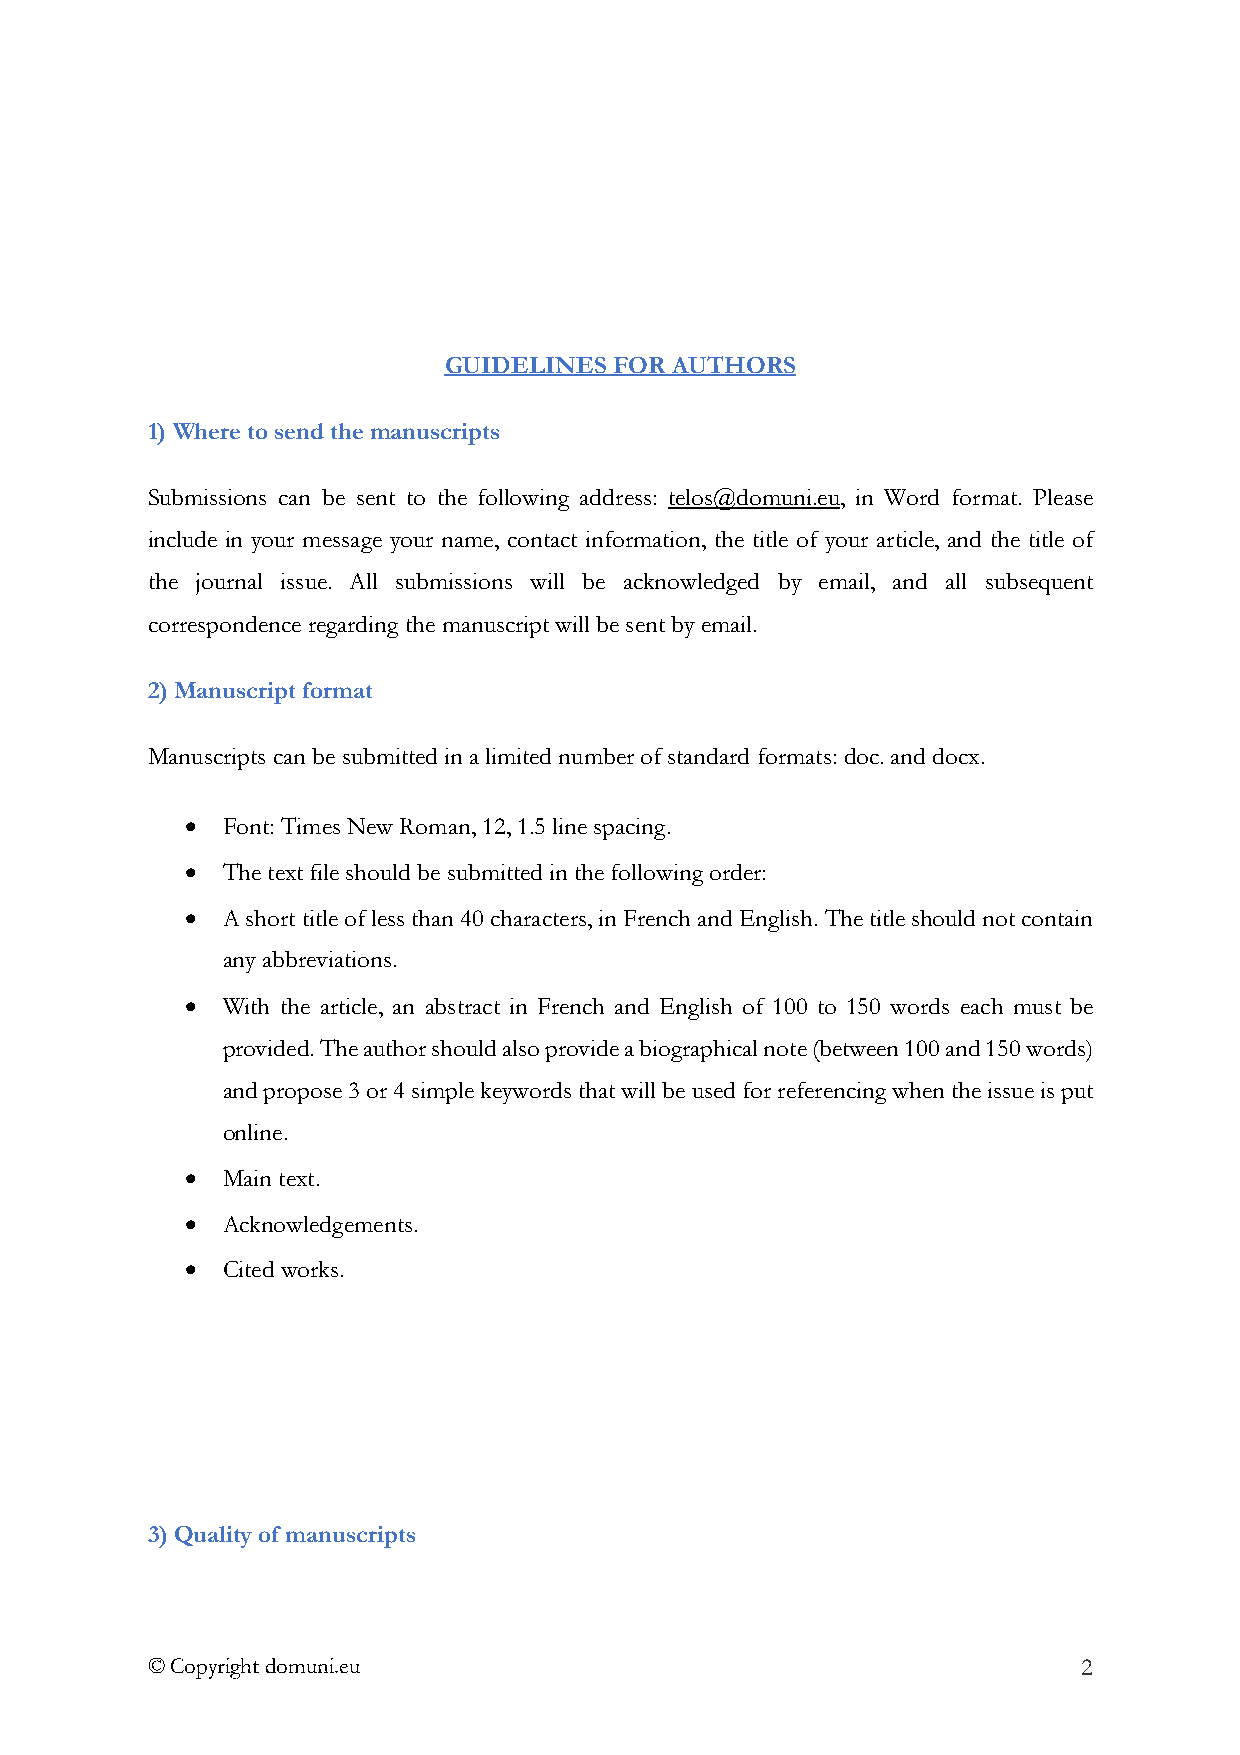
GUIDELINES  FOR AUTHORS
 1)Where to send the manuscripts
 Submissions can be sent to the following address: telos@domuni.eu, in Word format. Please
 include in your message your name, contact information, the title of your article, and the title of
 the journal issue. All submissions will be acknowledged by email, and all subsequent
 correspondence regarding the manuscript will be sent by email.
 2)Manuscript format
 Manuscripts can be submitted in a limited number of standard formats: doc. and docx.
 •  Font: Times New Roman, 12, 1.5 line spacing.
 •  The text file should be submitted in the following order:
 •  A short title of less than 40 characters, in French and English. The title should not contain
 any abbreviations.
 •  With the article, an abstract in French and English of 100 to 150 words each must be
 provided. The author should also provide a biographical note (between 100 and 150 words)
 and propose 3 or 4 simple keywords that will be used for referencing when the issue is put
 online.
 •  Main text.
 •  Acknowledgements.
 •  Cited works.
 3)Quality of manuscripts
 © Copyright domuni.eu                                         2